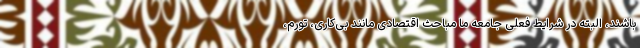
باشند، البته در شرایط فعلی جامعه ما مباحث اقتصادی مانند بی‌کاری، تورم،